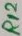
Text: R12